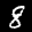
Label: 8